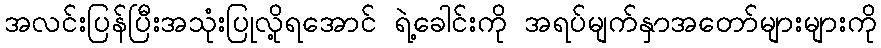
အလင်းပြန်ပြီးအသုံးပြုလို့ရအောင် ရဲ့ခေါင်းကို အရပ်မျက်နှာအတော်များများကို